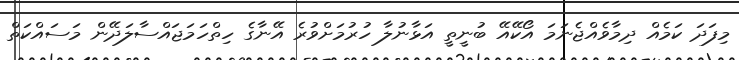
މިފަދަ ކަމެއް ދިމާވެއްޖެނަމަ އޯކޭއޭ ބުނީތީ އަޅާނުލާ ހުރުމަށްވުރެ އޭނާގެ ހިތްހަމަޖައްސާލަދޭން މަސައްކަތް